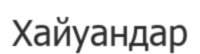
Хайуандар